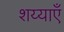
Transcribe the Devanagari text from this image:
शय्याएँ